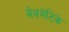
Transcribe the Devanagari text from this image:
मेथमेटिके